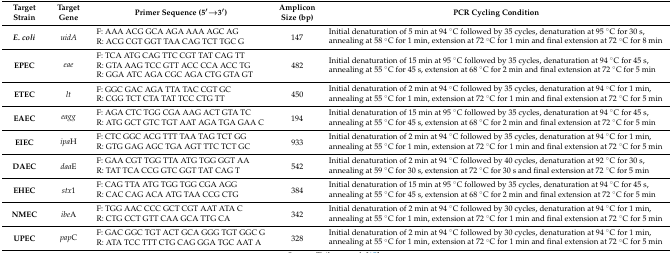
<table><thead><tr><td><b>Target Strain</b></td><td><b>Target Gene</b></td><td><b>Primer Sequence (5′→3′)</b></td><td><b>Amplicon Size (bp)</b></td><td><b>PCR Cycling Condition</b></td></tr></thead><tbody><tr><td rowspan="2"><b><i>E. coli</i></b></td><td rowspan="2"><i>uidA</i></td><td>F: AAA ACG GCA AGA AAA AGC AG</td><td rowspan="2">147</td><td rowspan="2">Initial denaturation of 5 min at 94 °C followed by 35 cycles, denaturation at 95 °C for 30 s, annealing at 58 °C for 1 min, extension at 72 °C for 1 min and final extension at 72 °C for 8 min</td></tr><tr><td>R: ACG CGT GGT TAA CAG TCT TGC G</td></tr><tr><td rowspan="3"><b>EPEC</b></td><td rowspan="3"><i>eae</i></td><td>F: TCA ATG CAG TTC CGT TAT CAG TT</td><td rowspan="3">482</td><td rowspan="3">Initial denaturation of 15 min at 95 °C followed by 35 cycles, denaturation at 94 °C for 45 s, annealing at 55 °C for 45 s, extension at 68 °C for 2 min and final extension at 72 °C for 5 min</td></tr><tr><td>R: GTA AAG TCC GTT ACC CCA ACC TG</td></tr><tr><td>R: GGA ATC AGA CGC AGA CTG GTA GT</td></tr><tr><td rowspan="2"><b>ETEC</b></td><td rowspan="2"><i>lt</i></td><td>F: GGC GAC AGA TTA TAC CGT GC</td><td rowspan="2">450</td><td rowspan="2">Initial denaturation of 2 min at 94 °C followed by 35 cycles, denaturation at 94 °C for 1 min, annealing at 55 °C for 1 min, extension at 72 °C for 1 min and final extension at 72 °C for 5 min</td></tr><tr><td>R: CGG TCT CTA TAT TCC CTG TT</td></tr><tr><td rowspan="2"><b>EAEC</b></td><td rowspan="2"><i>eagg</i></td><td>F: AGA CTC TGG CGA AAG ACT GTA TC</td><td rowspan="2">194</td><td rowspan="2">Initial denaturation of 15 min at 95 °C followed by 35 cycles, denaturation at 94 °C for 45 s, annealing at 55 °C for 45 s, extension at 68 °C for 2 min and final extension at 72 °C for 5 min</td></tr><tr><td>R: ATG GCT GTC TGT AAT AGA TGA GAA C</td></tr><tr><td rowspan="2"><b>EIEC</b></td><td rowspan="2"><i>ipa</i>H</td><td>F: CTC GGC ACG TTT TAA TAG TCT GG</td><td rowspan="2">933</td><td rowspan="2">Initial denaturation of 2 min at 94 °C followed by 35 cycles, denaturation at 94 °C for 1 min, annealing at 55 °C for 1 min, extension at 72 °C for 1 min and final extension at 72 °C for 5 min</td></tr><tr><td>R: GTG GAG AGC TGA AGT TTC TCT GC</td></tr><tr><td rowspan="2"><b>DAEC</b></td><td rowspan="2"><i>daa</i>E</td><td>F: GAA CGT TGG TTA ATG TGG GGT AA</td><td rowspan="2">542</td><td rowspan="2">Initial denaturation of 2 min at 94 °C followed by 40 cycles, denaturation at 92 °C for 30 s, annealing at 59 °C for 30 s, extension at 72 °C for 30 s and final extension at 72 °C for 5 min</td></tr><tr><td>R: TAT TCA CCG GTC GGT TAT CAG T</td></tr><tr><td rowspan="2"><b>EHEC</b></td><td rowspan="2"><i>stx</i>1</td><td>F: CAG TTA ATG TGG TGG CGA AGG</td><td rowspan="2">384</td><td rowspan="2">Initial denaturation of 15 min at 95 °C followed by 35 cycles, denaturation at 94 °C for 45 s, annealing at 55 °C for 45 s, extension at 68 °C for 2 min and final extension at 72 °C for 5 min</td></tr><tr><td>R: CAC CAG ACA ATG TAA CCG CTG</td></tr><tr><td rowspan="2"><b>NMEC</b></td><td rowspan="2"><i>ibe</i>A</td><td>F: TGG AAC CCC GCT CGT AAT ATA C</td><td rowspan="2">342</td><td rowspan="2">Initial denaturation of 2 min at 94 °C followed by 30 cycles, denaturation at 94 °C for 1 min, annealing at 55 °C for 1 min, extension at 72 °C for 1 min and final extension at 72 °C for 5 min</td></tr><tr><td>R: CTG CCT GTT CAA GCA TTG CA</td></tr><tr><td rowspan="2"><b>UPEC</b></td><td rowspan="2"><i>pap</i>C</td><td>F: GAC GGC TGT ACT GCA GGG TGT GGC G</td><td rowspan="2">328</td><td rowspan="2">Initial denaturation of 2 min at 94 °C followed by 30 cycles, denaturation at 94 °C for 1 min, annealing at 55 °C for 1 min, extension at 72 °C for 1 min and final extension at 72 °C for 5 min</td></tr><tr><td>R: ATA TCC TTT CTG CAG GGA TGC AAT A</td></tr></tbody></table>